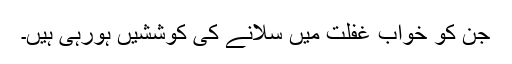
جن کو خواب غفلت میں سلانے کی کوششیں ہورہی ہیں۔